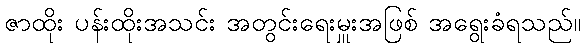
ဇာထိုး ပန်းထိုးအသင်း အတွင်းရေးမှူးအဖြစ် အရွေးခံရသည်။